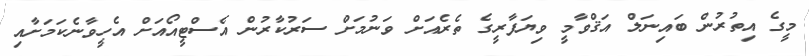
މީގެ އިތުރުން ބައިނަލް އަޤްވާމީ ވިޔަފާރީގެ ތެރެއަށް ވަނުމަށް ސަރުކާރުން އެސްޓީއޯއަށް އެހީވާނެކަމަށާއި